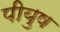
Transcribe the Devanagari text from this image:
पीयुष